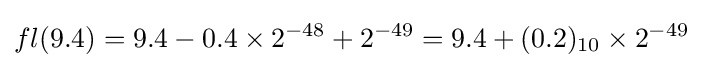
fl(9.4)=9.4-0.4\times 2^{-48}+2^{-49}=9.4+(0.2)_{10}\times 2^{-49}